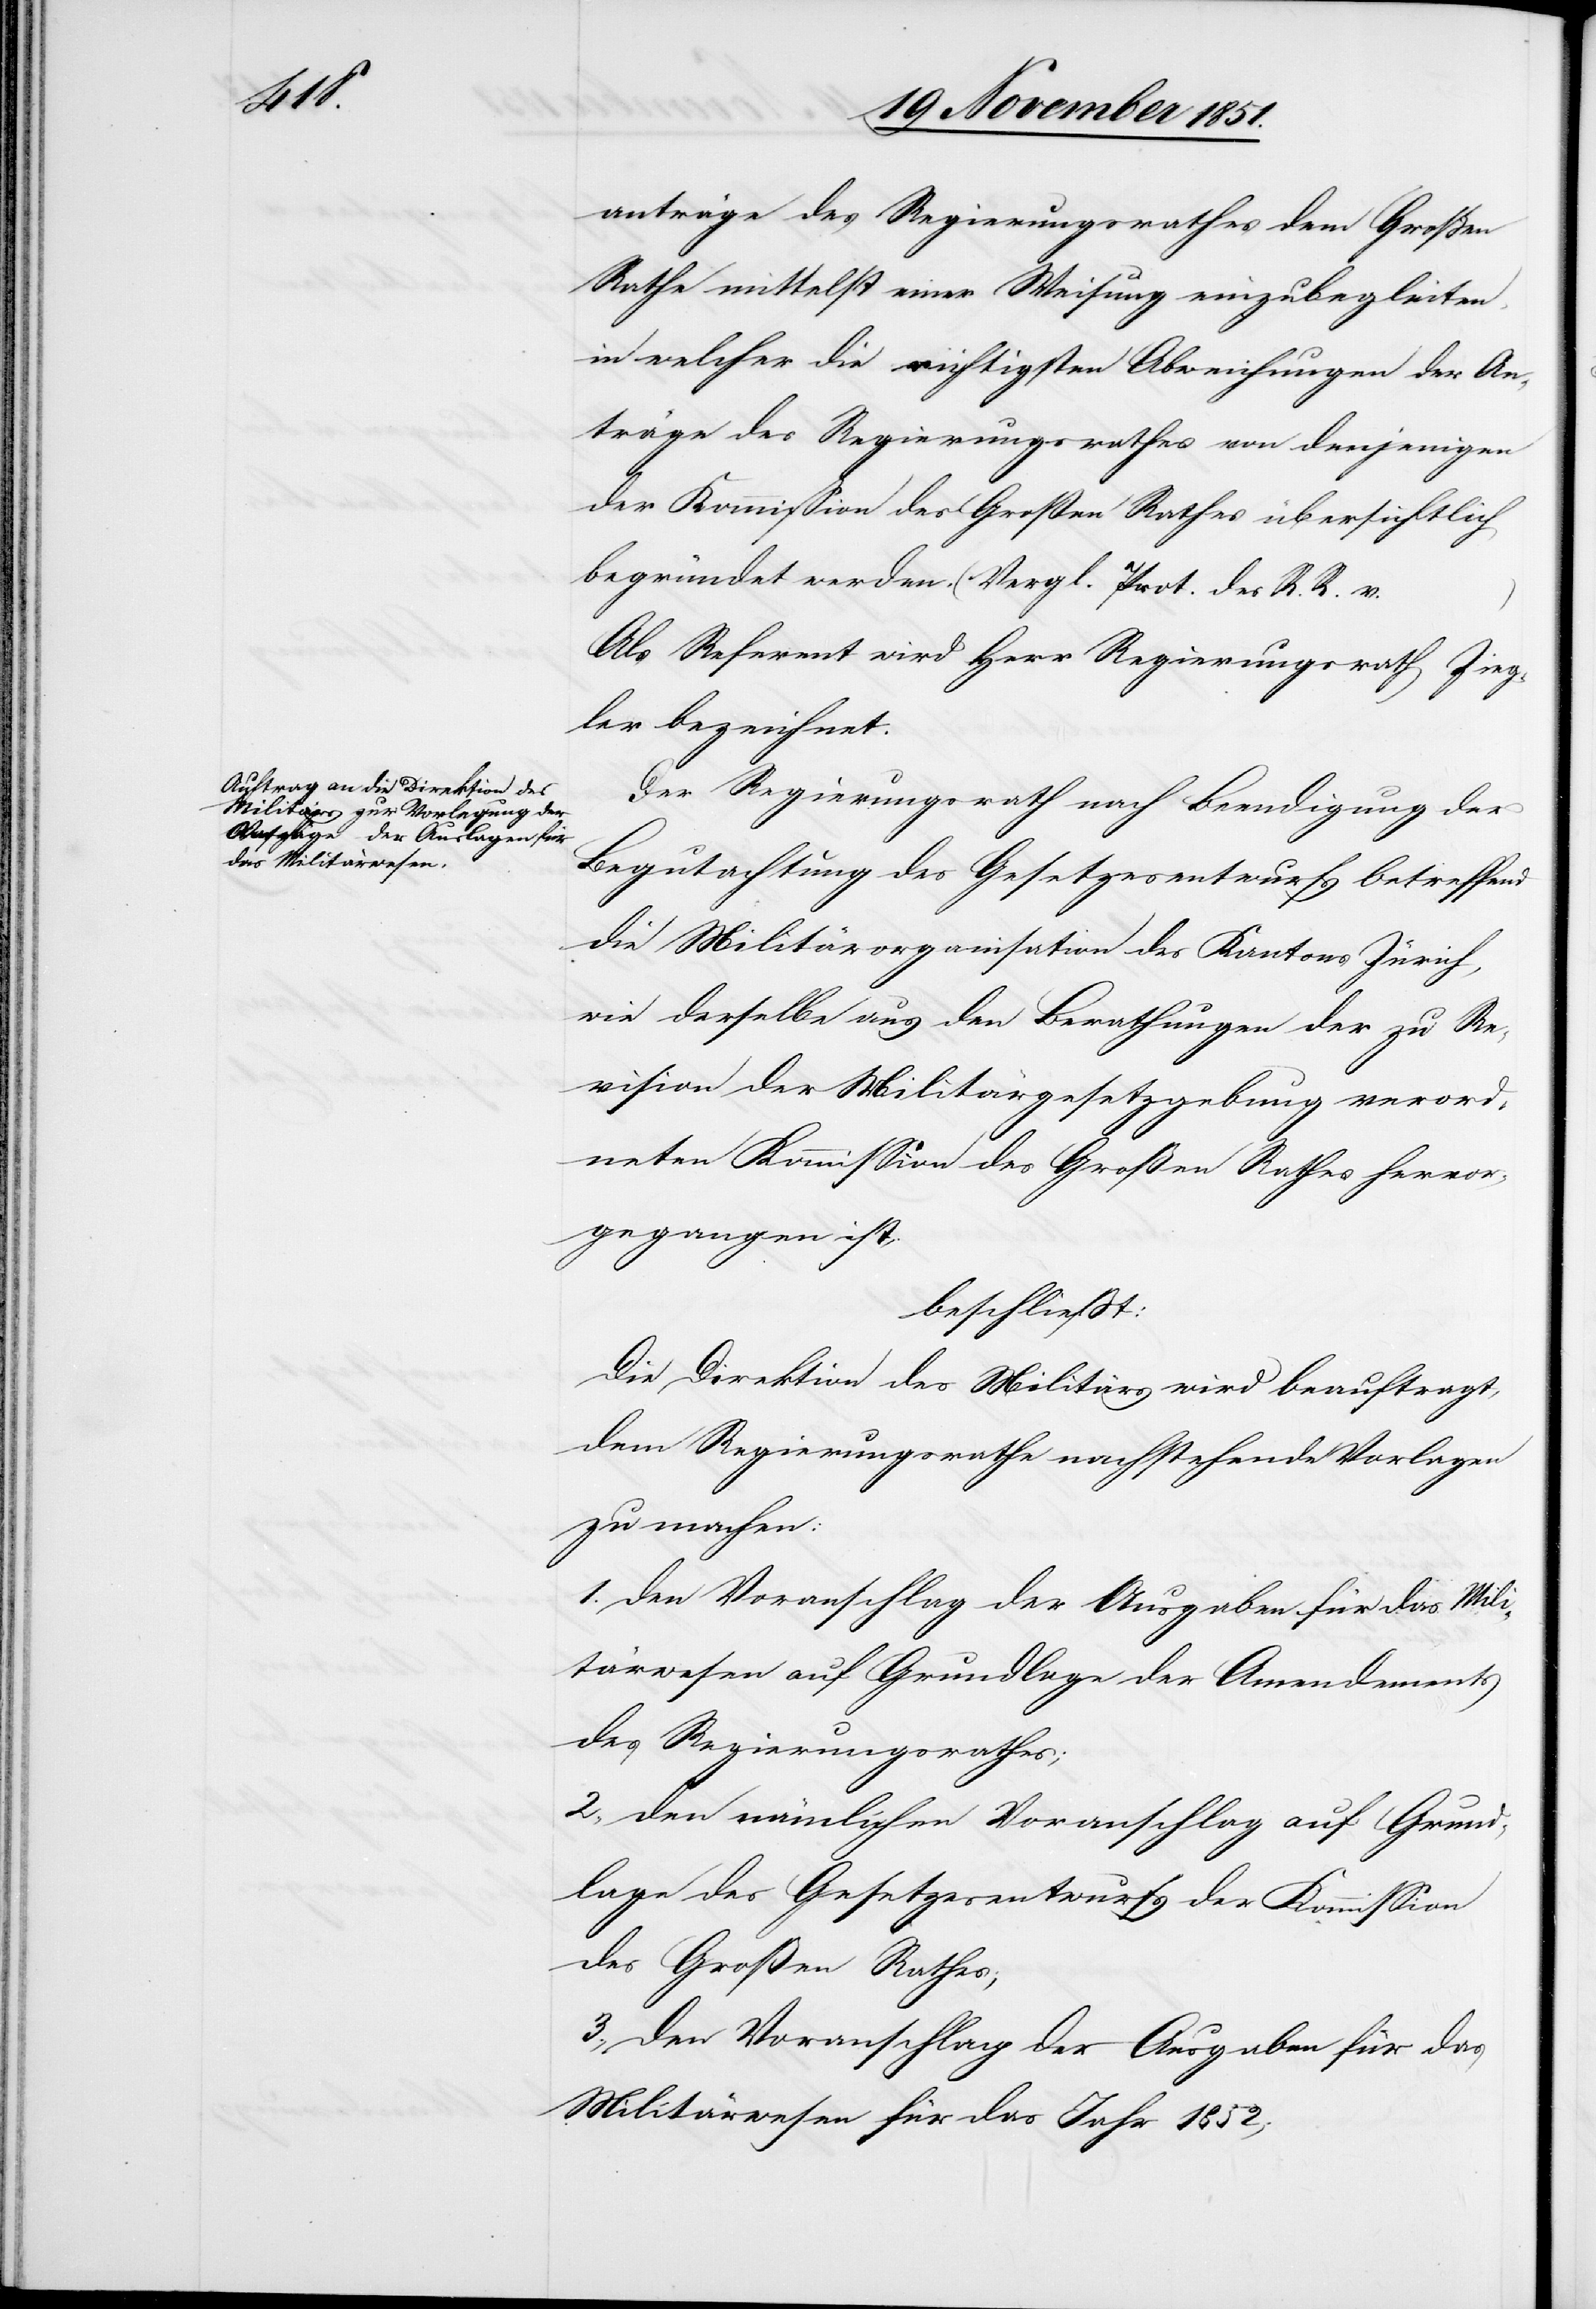
anträge des Regierungsrathes dem Großen
Rathe mittelst einer Weisung einzubegleiten,
in welcher die wichtigsten Abweichungen der An¬
träge des Regierungsrathes von denjenigen
der Kommission des Großen Rathes übersichtlich
begründet werden. (Vergl. Prot. des R. R. v.
Als Referent wird Herr Regierungsrath Zieg¬
ler bezeichnet.
Der Regierungsrath nach Beendigung der
Begutachtung des Gesetzesentwurfs betreffend
die Militärorganisation des Kantons Zürich,
wie derselbe aus den Berathungen der zu Re¬
vision der Militärgesetzgebung verord¬
neten Kommission des Großen Rathes hervor¬
gegangen ist,
beschließt:
Die Direktion des Militärs wird beauftragt,
dem Regierungsrathe nachstehende Vorlagen
zu machen:
den Voranschlag der Ausgaben für das Mili¬
tärwesen auf Grundlage der Amendements
des Regierungsrathes;
den nämlichen Voranschlag auf Grund¬
lage des Gesetzesentwurfs der Kommission
des Großen Rathes;
den Voranschlag der Ausgaben für das
Militärwesen für das Jahr 1852;